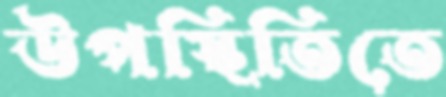
উপস্থিতিতে